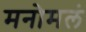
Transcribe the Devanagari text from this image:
मनोमलं